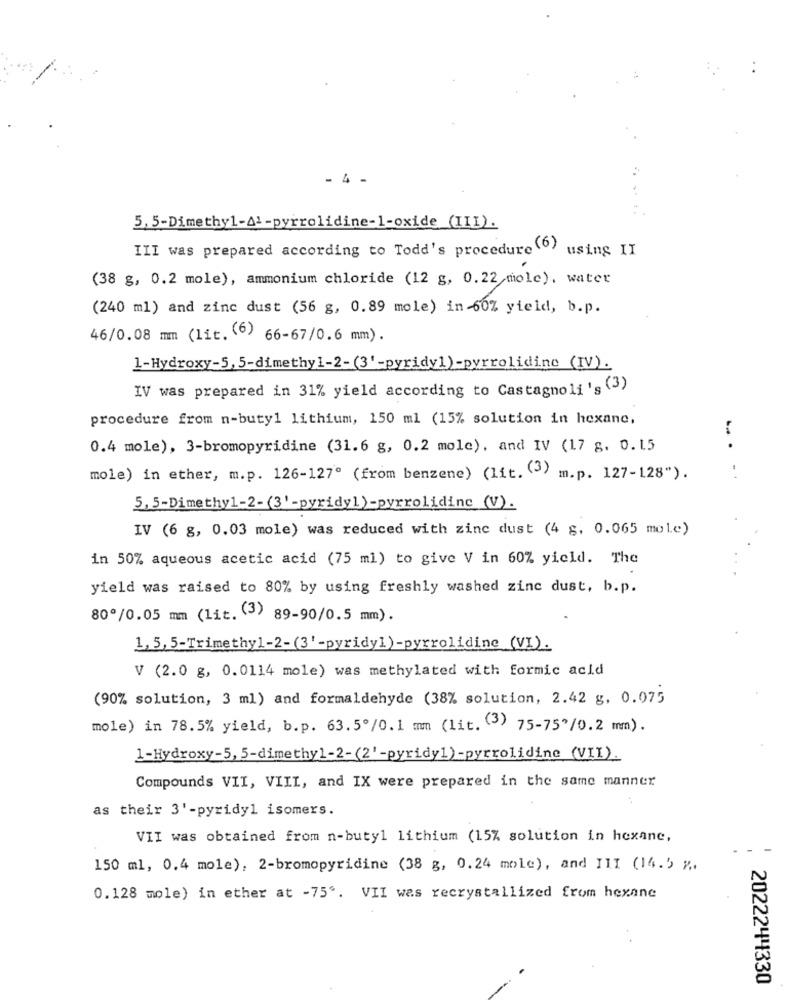
- 4 -
5,5-Dimethyl-A1-pyrrolidine-l-oxide (III).
III was prepared according to Todd's procedure (6)
using II
(38 g, 0.2 mole), ammonium chloride (12 g, 0.22 miole), water
(240 ml) and zinc dust (56 g, 0.89 mole) in 60% yield, b.p.
46/0.08 mm (lit. (6) 66-67/0.6 mm).
1-Hydroxy-5, 5-dimethy 1-2-(3'-pyridy1)-pyrrolidine (IV).
IV was prepared in 31% yield according to Castagnoli 's (3)
procedure from n-butyl lithium, 150 ml (15% solution in hexane,
0.4 mole), 3-bromopyridine (31.6 g, 0.2 mole), and IV (17 g. 0.15
mole) in ether, m.p. 126-127º (from benzene) (lit. (3) m.p. 127-128").
5,5-Dimethy1-2- (3'-pyridyl)-pyrrolidine (V).
IV (6 g, 0.03 mole) was reduced with zinc dust (4 g, 0.065 mole)
in 50% aqueous acetic acid (75 ml) to give V in 60% yield. The
yield was raised to 80% by using freshly washed zinc dust, b.p.
80º/0.05 mm (lit. (3) 89-90/0.5 mm).
1, 5, 5-Trimethyl-2-(3' -pyridy])-pyrrolidine (VI).
V (2.0 g, 0.0114 mole) was methylated with formic acid
(90% solution, 3 ml) and formaldehyde (38% solution, 2.42 g, 0.075
mole) in 78.5% yield, b.p. 63.5/0.1 mm (lit. (3) 75-75/0.2 mm) .
1-Hydroxy-5, 5-dimethyl-2-(2'-pyridy1)-pyrrolidine (VII).
Compounds VII, VIII, and IX were prepared in the same manner
as their 3'-pyridy1 isomers.
VII was obtained from n-butyl lithium (15% solution in hexane,
150 ml, 0.4 mole), 2-bromopyridine (38 g, 0.24 mole), and III (14.5 ".
0.128 mole) in ether at -75'. VII was recrystallized from hexane
2022244330